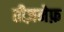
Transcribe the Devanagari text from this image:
तीज़नेफ़